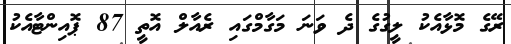
ރޭގެ މޮޅާއެކު ލީގުގެ ދެ ވަނަ މަގާމްގައި ރެއާލް އޮތީ 87 ޕޮއިންޓާއެކު